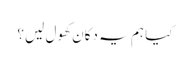
کیا ہم یہ دکان کھول لیں؟